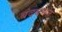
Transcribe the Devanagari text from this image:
बंदबमत